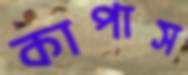
কাপাস